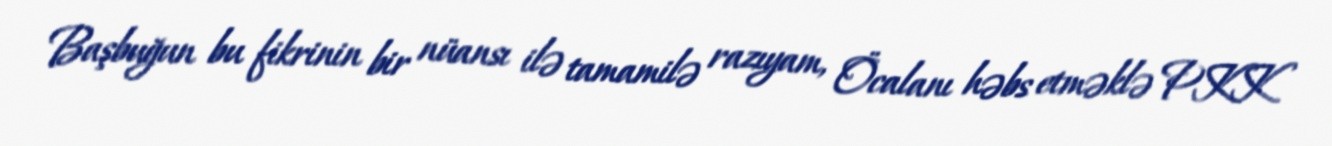
Başbuğun bu fikrinin bir nüansı ilə tamamilə razıyam, Öcalanı həbs etməklə PKK